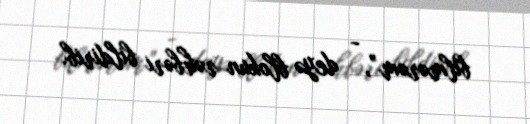
bilmərəm”, - deyə blokun rəhbəri bildirib.